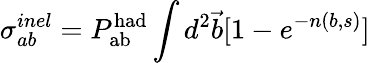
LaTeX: \sigma_{ab}^{inel}=P_{\mathrm{ab}}^{\mathrm{had}}\int d^{2}{\vec{b}}[1-e^{-n(b,s)}]